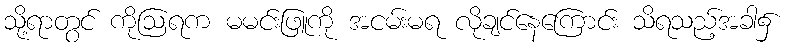
သို့ရာတွင် ကိုဩရက မမင်းဖြူကို အငမ်းမရ လိုချင်နေကြောင်း သိရသည့်အခါ၌